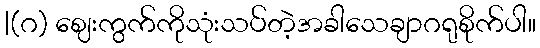
|(ဂ) ဈေးကွက်ကိုသုံးသပ်တဲ့အခါသေချာဂရုစိုက်ပါ။